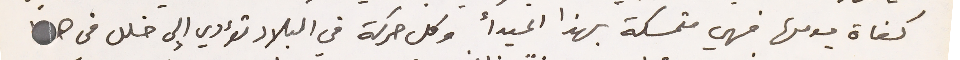
كفاة يومها فهي متمسكة بهذا المبدأ وكل حركة فى البلاد تؤدي إلى خلل فى هذا